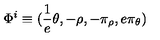
\Phi ^ { i } \equiv ( \frac { 1 } { e } \theta , - \rho , - \pi _ { \rho } , e \pi _ { \theta } )